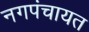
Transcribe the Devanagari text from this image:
नगपंचायत